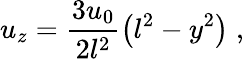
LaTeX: u_{z}=\frac{3u_{0}}{2l^{2}}\left(l^{2}-y^{2}\right)\; ,